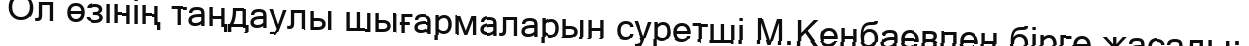
Ол өзінің таңдаулы шығармаларын суретші М.Кенбаевпен бірге жасады: